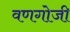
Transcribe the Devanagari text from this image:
वणगोजी